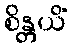
စိန္တယိံ